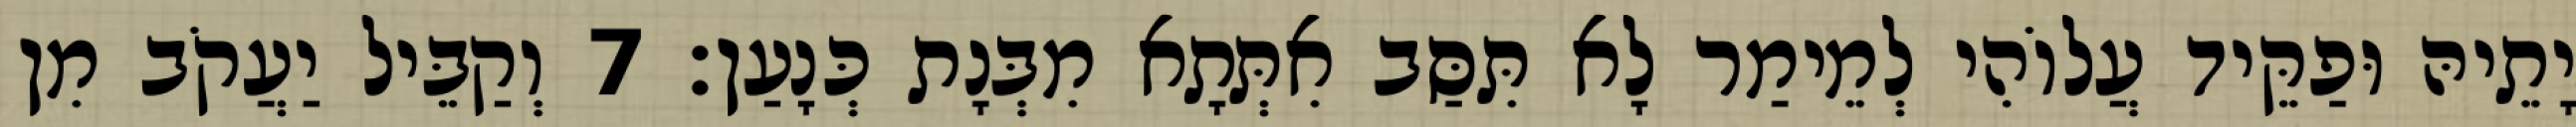
יָתֵיהּ וּפַקֵּיד עֲלוֹהִי לְמֵימַר לָא תִּסַּב אִתְּתָא מִבְּנָת כְּנָעַן׃ 7 וְקַבֵּיל יַעֲקֹב מִן